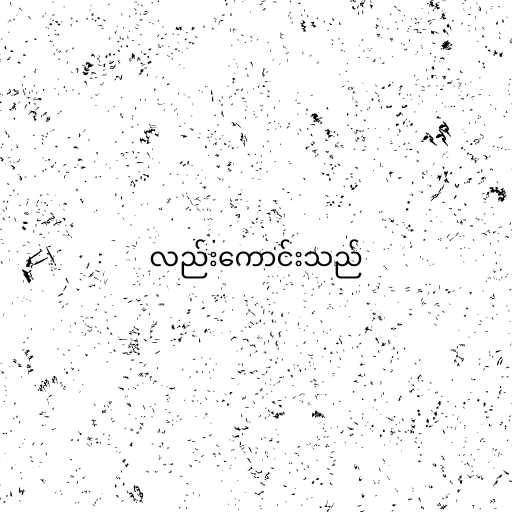
လည်းကောင်းသည်